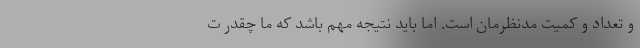
و تعداد و کمیت مدنظرمان است. اما باید نتیجه مهم باشد که ما چقدر ت